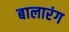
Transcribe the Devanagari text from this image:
बालारंग